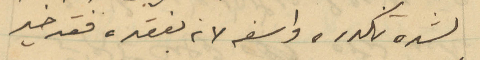
لشدة تكدره واسفه لانه بفقده فقد خير